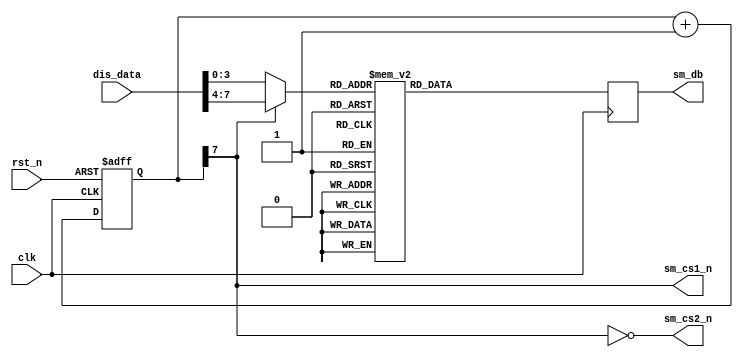
`timescale 1ns / 1ps
////////////////////////////////////////////////////////////////////////////////
// Company: 
// Engineer:
//
// Create Date:    
// Design Name:    
// Module Name:    
// Project Name:   
// Target Device:  
// Tool versions:  
// Description:
//
// Dependencies:
// 
// Revision:
// Revision 0.01 - File Created
// Additional Comments:
// 
////////////////////////////////////////////////////////////////////////////////
module led_seg7(
			clk,rst_n,
			dis_data,
			sm_cs1_n,sm_cs2_n,sm_db	
		);

input clk;		// 50MHz
input rst_n;	// 

input[7:0] dis_data;	//	
output sm_cs1_n,sm_cs2_n;	//
output[6:0] sm_db;	//7

reg[7:0] cnt;
always @ (posedge clk or negedge rst_n)
	if(!rst_n) cnt <= 8'd0;
	else cnt <= cnt+1'b1;
	
//-------------------------------------------------------------------------------
/*	 :
              ;0,  1,  2,  3,  4, 5,  6,  7,  
      db      3fh,06h,5bh,4fh,66h,6dh,7dh,07h 
              ;8,  9, a,  b,   c,  d,  e,  f ,    
      db      7fh,6fh,77h,7ch,39h,5eh,79h,71h,00h*/
parameter	seg0	= 7'h3f,
			seg1	= 7'h06,
			seg2	= 7'h5b,
			seg3	= 7'h4f,
			seg4	= 7'h66,
			seg5	= 7'h6d,
			seg6	= 7'h7d,
			seg7	= 7'h07,
			seg8	= 7'h7f,
			seg9	= 7'h6f,
			sega	= 7'h77,
			segb	= 7'h7c,
			segc	= 7'h39,
			segd	= 7'h5e,
			sege	= 7'h79,
			segf	= 7'h71;

reg[6:0] sm_dbr;		//7
	
wire[3:0] num;		//
assign num = cnt[7] ? dis_data[7:4] : dis_data[3:0];
assign sm_cs1_n = cnt[7];		//1
assign sm_cs2_n = ~cnt[7];		//2
	
always @ (posedge clk)
		case (num)	//NUM
			4'h0: sm_dbr <= seg0;
			4'h1: sm_dbr <= seg1;
			4'h2: sm_dbr <= seg2;
			4'h3: sm_dbr <= seg3;
			4'h4: sm_dbr <= seg4;
			4'h5: sm_dbr <= seg5;
			4'h6: sm_dbr <= seg6;
			4'h7: sm_dbr <= seg7;
			4'h8: sm_dbr <= seg8;
			4'h9: sm_dbr <= seg9;
			4'ha: sm_dbr <= sega;
			4'hb: sm_dbr <= segb;
			4'hc: sm_dbr <= segc;
			4'hd: sm_dbr <= segd;
			4'he: sm_dbr <= sege;
			4'hf: sm_dbr <= segf;
			default: ;
			endcase

assign sm_db = sm_dbr;
 
endmodule